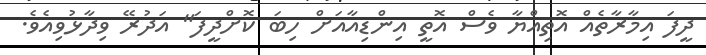
ދީފަ އިމާރާތެއް އޮތިއްޔާ ވެސް އޮތީ އިންޑިއާއަށް ހިބަ ކޮށްދީފަ" އަދުރޭ ވިދާޅުވިއެވެ.